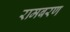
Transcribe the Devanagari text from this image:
रामबरण